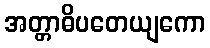
အတ္တာဓိပတေယျကော